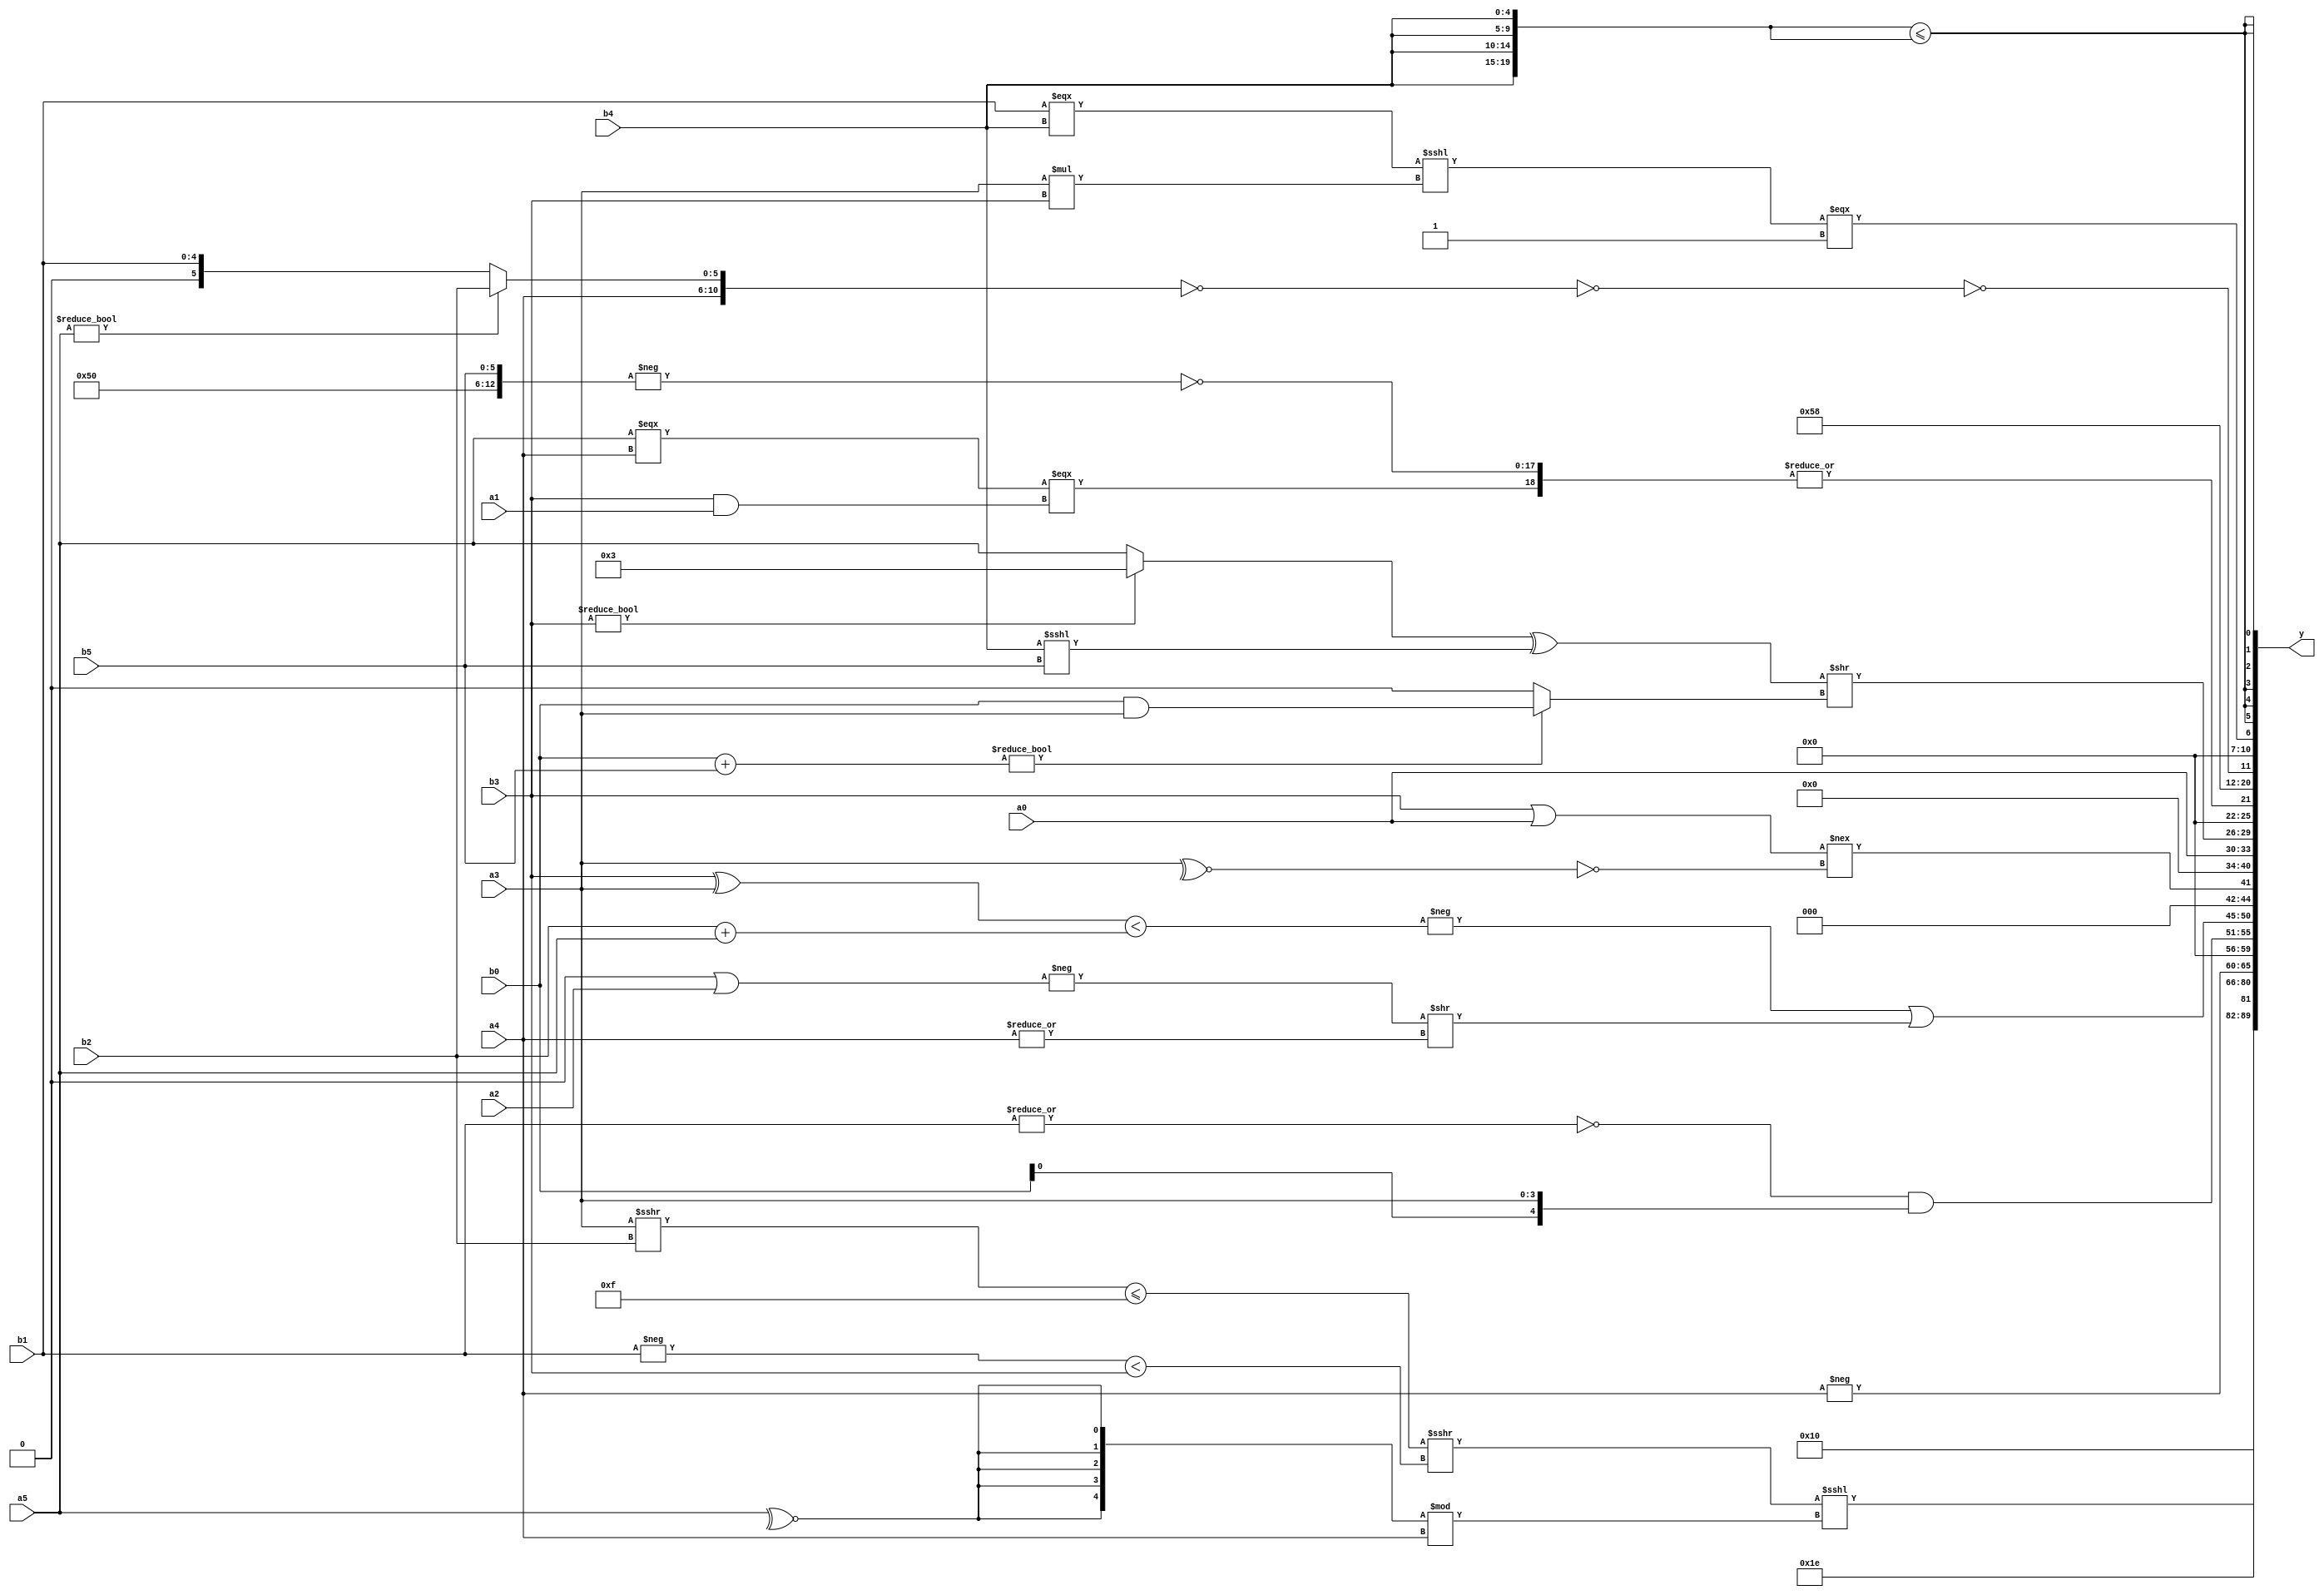
module expression_00304(a0, a1, a2, a3, a4, a5, b0, b1, b2, b3, b4, b5, y);
  input [3:0] a0;
  input [4:0] a1;
  input [5:0] a2;
  input signed [3:0] a3;
  input signed [4:0] a4;
  input signed [5:0] a5;

  input [3:0] b0;
  input [4:0] b1;
  input [5:0] b2;
  input signed [3:0] b3;
  input signed [4:0] b4;
  input signed [5:0] b5;

  wire [3:0] y0;
  wire [4:0] y1;
  wire [5:0] y2;
  wire signed [3:0] y3;
  wire signed [4:0] y4;
  wire signed [5:0] y5;
  wire [3:0] y6;
  wire [4:0] y7;
  wire [5:0] y8;
  wire signed [3:0] y9;
  wire signed [4:0] y10;
  wire signed [5:0] y11;
  wire [3:0] y12;
  wire [4:0] y13;
  wire [5:0] y14;
  wire signed [3:0] y15;
  wire signed [4:0] y16;
  wire signed [5:0] y17;

  output [89:0] y;
  assign y = {y0,y1,y2,y3,y4,y5,y6,y7,y8,y9,y10,y11,y12,y13,y14,y15,y16,y17};

  localparam [3:0] p0 = (({(5'd14)}>(~(5'sd0)))>>>(-((5'sd10)?(4'd7):(3'd5))));
  localparam [4:0] p1 = (+((~|(-(-4'sd4)))+(~(-5'sd10))));
  localparam [5:0] p2 = ((-2'sd0)?(3'sd0):(2'd1));
  localparam signed [3:0] p3 = ((^(((4'd0)?(3'sd0):(3'd2))^{3{(-4'sd5)}}))=={4{{3{(5'd24)}}}});
  localparam signed [4:0] p4 = ((5'd15)^(4'd9));
  localparam signed [5:0] p5 = ((((-5'sd11)<<<(-3'sd1))&&((2'sd1)!==(5'sd2)))&(((5'sd9)^~(5'd0))<<(!(4'd2 * (2'd3)))));
  localparam [3:0] p6 = (-{(~^{(~(4'd15)),{2{(-3'sd3)}}}),{(&(2'sd1)),{(2'd2),(2'd1),(2'd0)},{(4'd14),(3'sd3)}},(&{{(-2'sd1),(-5'sd10)},{(-5'sd13),(4'd12),(5'd19)}})});
  localparam [4:0] p7 = {2{(~^(~^((4'd2)?(2'd2):(5'sd4))))}};
  localparam [5:0] p8 = ((5'd20)<<<((2'sd1)+((2'sd0)<=(2'sd0))));
  localparam signed [3:0] p9 = ((-5'sd10)>{(-4'sd4),(2'sd0),(-2'sd1)});
  localparam signed [4:0] p10 = (|({(4'sd1),(2'd2),(-2'sd0)}^~((5'sd7)>=(5'sd15))));
  localparam signed [5:0] p11 = {(3'd0),(5'd10),(5'd7)};
  localparam [3:0] p12 = (&{(5'd15),{(~|(5'd19)),(5'd30),{(2'd2)}}});
  localparam [4:0] p13 = (3'sd0);
  localparam [5:0] p14 = (6'd2 * (|((4'd15)<(3'd1))));
  localparam signed [3:0] p15 = {2{({1{(2'd1)}}?((2'd1)<(2'd2)):(3'd5))}};
  localparam signed [4:0] p16 = {(~(3'd3)),(((2'd0)?(-2'sd1):(4'd8))^~((4'd14)!==(2'd2))),((5'd8)|(^(5'd24)))};
  localparam signed [5:0] p17 = (5'sd11);

  assign y0 = ((5'd15)!==({1{{1{(~&a2)}}}}>=$signed((~(4'd14)))));
  assign y1 = $unsigned(((((a3>>>b2)<=(p3^~p0))>>>((-b1)<$signed(b3)))<<<($signed((~^a5))%a4)));
  assign y2 = {(~&(!((a4<p9)=={p7})))};
  assign y3 = ({1{((a0?p6:p15)?(2'd3):(4'd6))}}<($signed((^{$unsigned(p5)}))));
  assign y4 = (-4'sd2);
  assign y5 = ((p9?p10:p2)?(-a4):(p1?p16:p0));
  assign y6 = (-2'sd0);
  assign y7 = $unsigned(((~|b1)&{p9,b0,a3}));
  assign y8 = ((-(($unsigned(b3)^$unsigned(a3))<(+$signed((b2+a5)))))|((-$unsigned((p5|a2)))>>$unsigned((~|(~|a4)))));
  assign y9 = (&(&(((b3|a0)!==(~^(~^a3)))^(-(!(3'd1))))));
  assign y10 = {{((p4<<<a2)?(a2?p4:b5):(4'd5))},(6'd2 * (b1<<p8))};
  assign y11 = (p7?a0:p4);
  assign y12 = (((b3?p7:a5)^(b4<<<b5))>>((b0+b5)?(b0&&a3):(|p0)));
  assign y13 = (~^(~|{((a5===a4)===(b3&&a1)),(~(-{p2,p8,b5}))}));
  assign y14 = {1{(5'd11)}};
  assign y15 = {(!{(!(~{(+a4),(a5?b2:b1)}))})};
  assign y16 = (((b1===b4)<<<(a3*b3))===(4'sd1));
  assign y17 = $signed($unsigned(($unsigned({4{b4}})<={4{b4}})));
endmodule